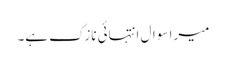
میرا سوال انتہائی نازک ہے۔